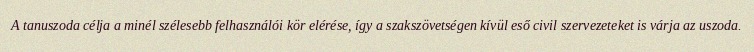
A tanuszoda célja a minél szélesebb felhasználói kör elérése, így a szakszövetségen kívül eső civil szervezeteket is várja az uszoda.